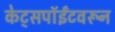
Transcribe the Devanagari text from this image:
केट्सपॉईंटवरून